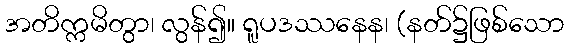
အတိက္ကမိတွာ၊ လွန်၍။ ရူပဒဿနေန၊ (နတ်၌ဖြစ်သော